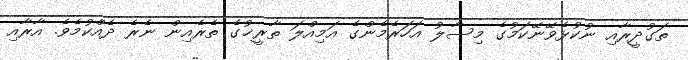
ތަގުދީރާއި ނުކުޅެވޭނޭކަމުގެ މިސާލު އަހަރެމެންގެ އަމިއްލަ ތާރީޚުގެ ތެރެއިން ނެރެ ދެއްކުމެވެ. އާރާއި